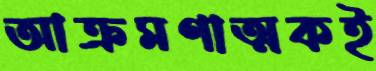
আক্রমণাত্মকই